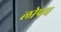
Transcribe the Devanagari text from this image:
लोपन